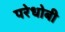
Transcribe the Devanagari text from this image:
परेधोबी